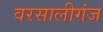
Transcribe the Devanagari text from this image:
वरसालीगंज